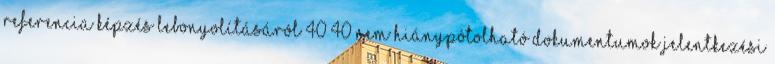
referencia képzés lebonyolításáról 40 40 NEM HIÁNYPÓTOLHATÓ DOKUMENTUMOK Jelentkezési